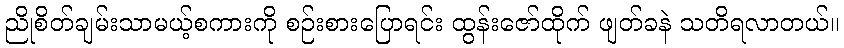
ညိုစိတ်ချမ်းသာမယ့်စကားကို စဉ်းစားပြောရင်း ထွန်းဇော်ထိုက် ဖျတ်ခနဲ သတိရလာတယ်။